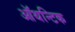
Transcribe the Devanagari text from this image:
ऑथन्टिक